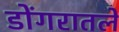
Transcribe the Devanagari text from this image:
डोंगरातले